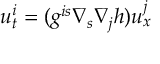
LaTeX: u _ { t } ^ { i } = ( g ^ { i s } \nabla _ { s } \nabla _ { j } h ) u _ { x } ^ { j }